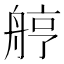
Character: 𦨾